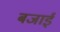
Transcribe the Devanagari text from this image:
बजाईं